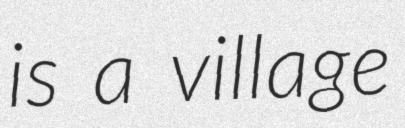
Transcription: is a village